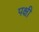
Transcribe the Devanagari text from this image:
पक्षी